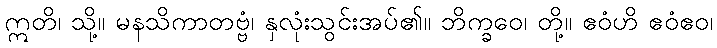
ဣတိ၊ သို့။ မနသိကာတဗ္ဗံ၊ နှလုံးသွင်းအပ်၏။ ဘိက္ခဝေ၊ တို့။ ဧဝံဟိ ဧဝံဧဝ၊